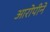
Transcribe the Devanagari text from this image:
आरोपीने